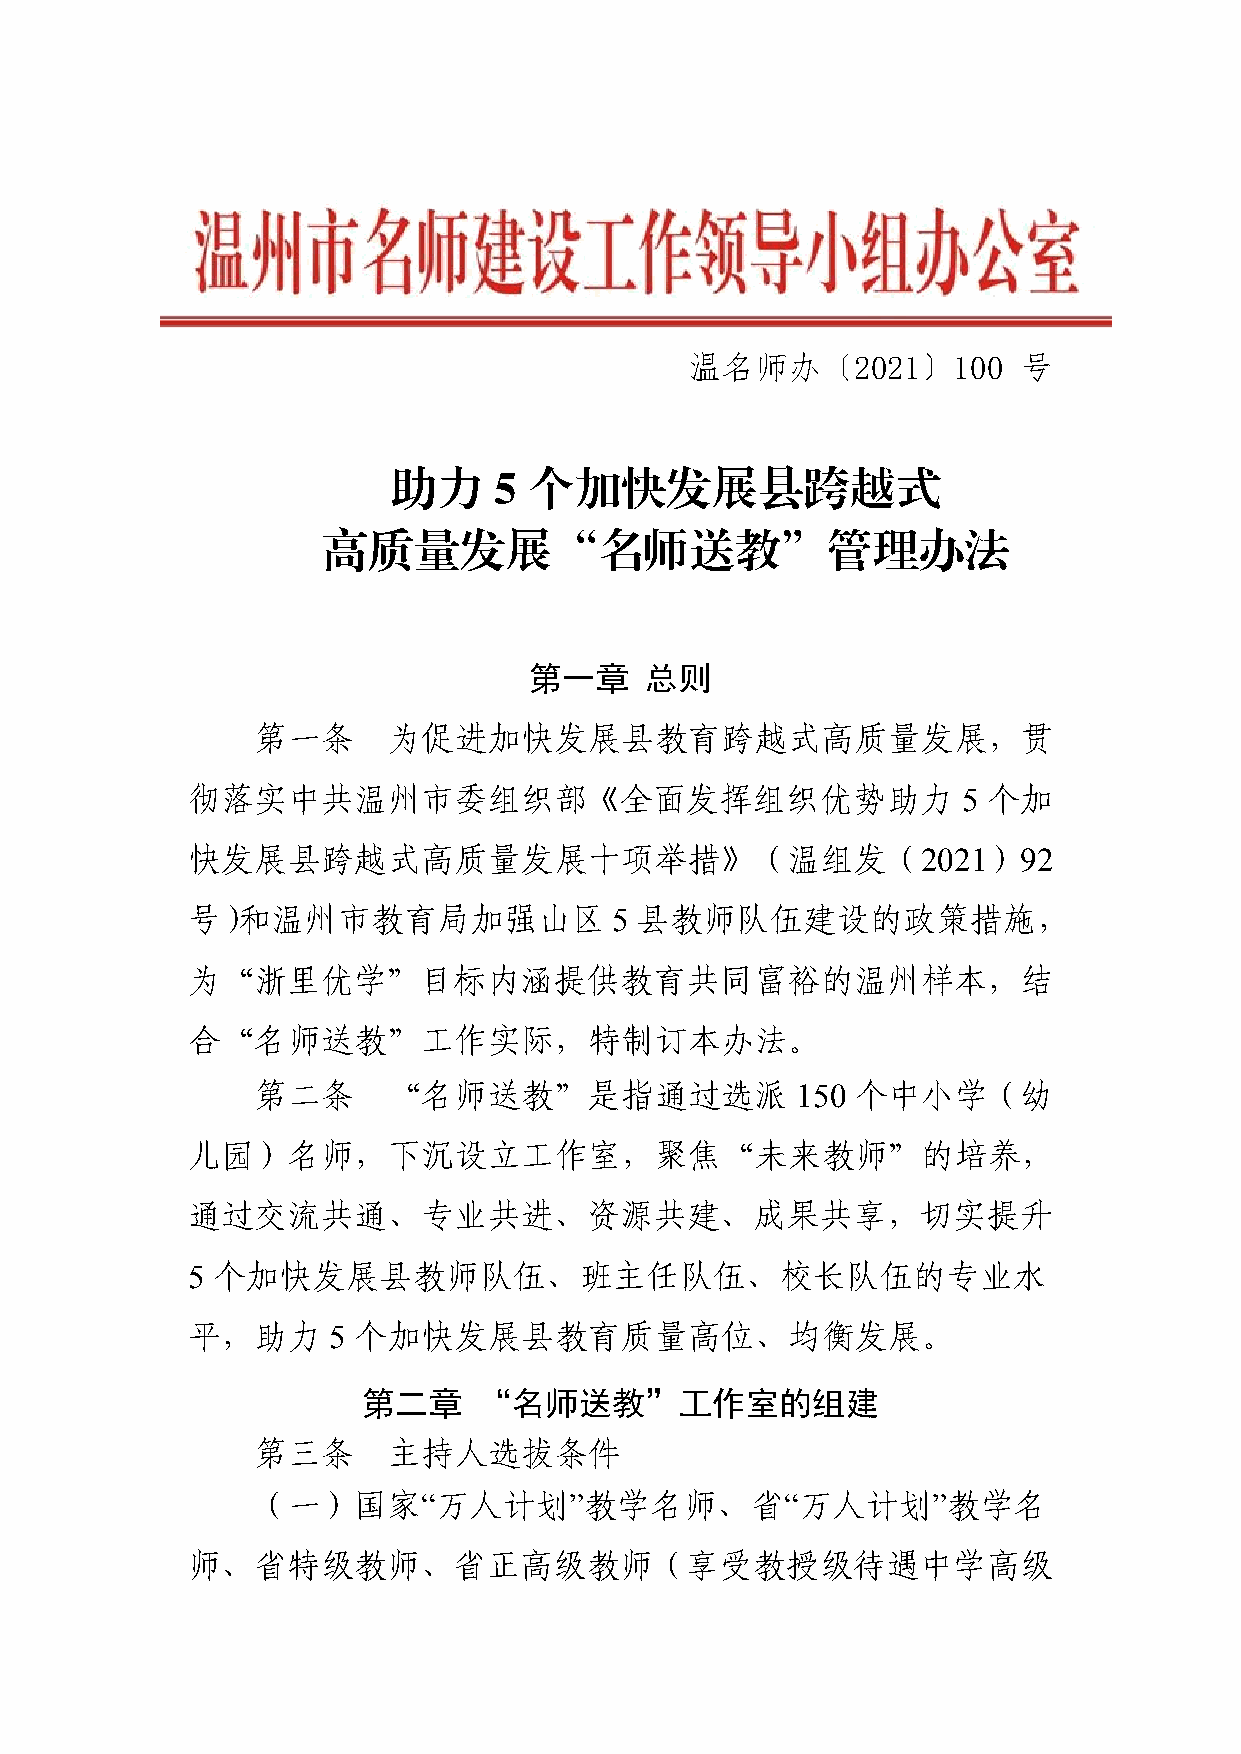
温名师办〔2021〕100        号
 助力     5 个加快发展县跨越式
 高质量发展“名师送教”管理办法
 第一章     总则
 第一条      为促进加快发展县教育跨越式高质量发展，贯
 彻落实中共温州市委组织部《全面发挥组织优势助力                             5 个加
 快发展县跨越式高质量发展十项举措》（温组发（2021）92
 号）和温州市教育局加强山区                5 县教师队伍建设的政策措施，
 为“浙里优学”目标内涵提供教育共同富裕的温州样本，结
 合“名师送教”工作实际，特制订本办法。
 第二条      “名师送教”是指通过选派               150 个中小学（幼
 儿园）名师，下沉设立工作室，聚焦“未来教师”的培养，
 通过交流共通、专业共进、资源共建、成果共享，切实提升
 5 个加快发展县教师队伍、班主任队伍、校长队伍的专业水
 平，助力      5 个加快发展县教育质量高位、均衡发展。
 第二章     “名师送教”工作室的组建
 第三条      主持人选拔条件
 （一）国家“万人计划”教学名师、省“万人计划”教学名
 师、省特级教师、省正高级教师（享受教授级待遇中学高级